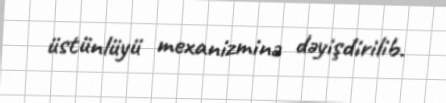
üstünlüyü mexanizminə dəyişdirilib.